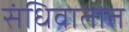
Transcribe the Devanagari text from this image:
संधिवातात